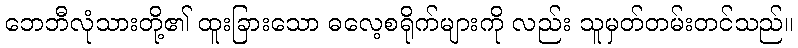
ဘေဘီလုံသားတို့၏ ထူးခြားသော ဓလေ့စရိုက်များကို လည်း သူမှတ်တမ်းတင်သည်။